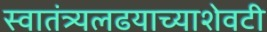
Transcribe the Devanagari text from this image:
स्वातंत्र्यलढयाच्याशेवटी